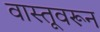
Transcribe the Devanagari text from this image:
वास्तूवरून